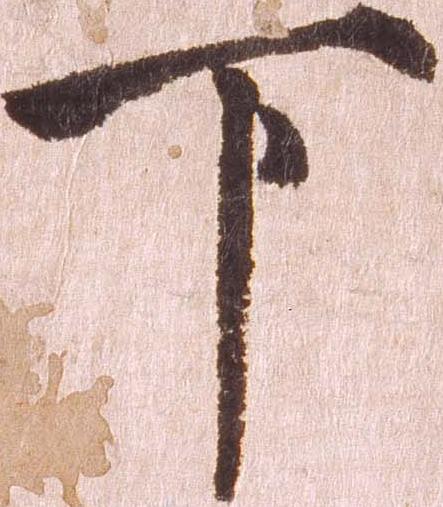
下